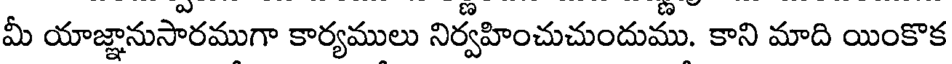
మీ యాజ్ఞానుసారముగా కార్యములు నిర్వహించుచుందుము. కాని మాది యింకొక